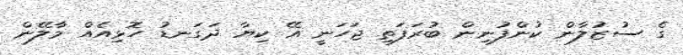
ގެ ސުޒުލާން ކުންފުނިން ބުރަފަތި ޖަހަނީ އޭ ކިޔާ ދަގަނޑު ހޮޅިއެއް މާލޭން